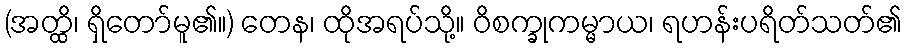
(အတ္ထိ၊ ရှိတော်မူ၏။) တေန၊ ထိုအရပ်သို့။ ဝိစက္ခုကမ္မာယ၊ ရဟန်းပရိတ်သတ်၏